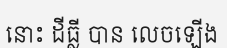
នោះ ដីធ្លី បាន លេចឡើង